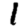
Digit: 1